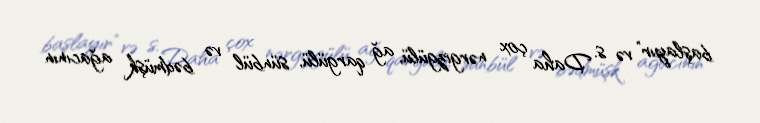
başlayır” və s. Daha çox nərgizgülü, ağ qargülü, sünbül və bədmüşk ağacının